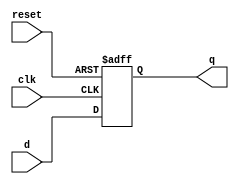

module flopr(input            clk,
             input            reset, 
             input      [3:0] d, 
             output reg [3:0] q);
   
  // asynchronous reset
  always @(posedge clk, posedge reset)
    if (reset) q <= 4'b0;
    else       q <= d;
endmodule